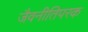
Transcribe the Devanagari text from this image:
जैवनीतिपरक